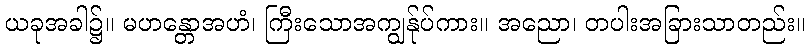
ယခုအခါ၌။ မဟန္တောအဟံ၊ ကြီးသောအကျွန်ုပ်ကား။ အညော၊ တပါးအခြားသာတည်း။